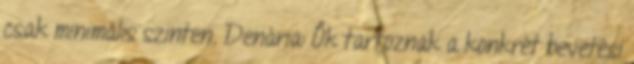
csak minimális szinten. Denária: Ők tartoznak a konkrét bevetési